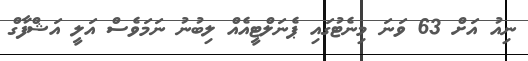
ނިއު އަށް 63 ވަނަ މިނެޓުގައި ޕެނަލްޓީއެއް ލިބުނު ނަމަވެސް އަލީ އަޝްފާގް